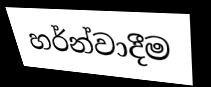
හර්න්වාදීම